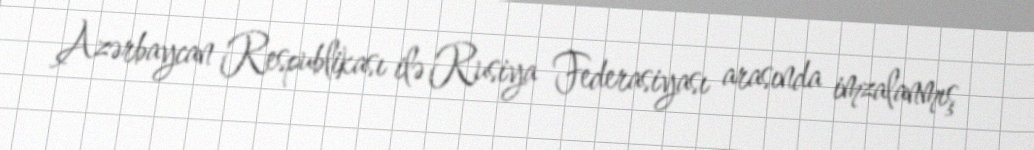
Azərbaycan Respublikası ilə Rusiya Federasiyası arasında imzalanmış